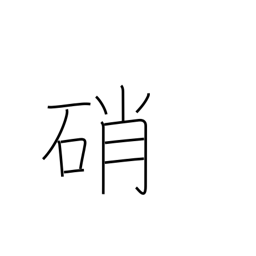
Meaning: saltpeter